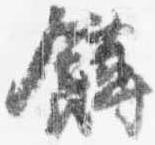
餺